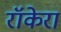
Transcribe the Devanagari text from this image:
रॉकेरा